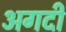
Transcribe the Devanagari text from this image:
अगदीं